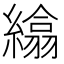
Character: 𦅖